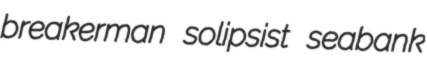
breakerman solipsist seabank